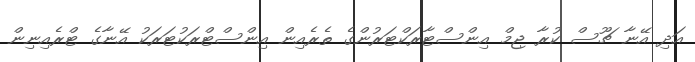
އަދި އޭނާ ޗޫސް ކުރާ ޖިމް އިންސްޓާރަކްޓަރުންގެ ތެރެއިން އިންސްޓްރަކުޓަރަކު އޭނާގެ ޓްރެއިނިން